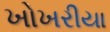
ખોખરીયા